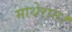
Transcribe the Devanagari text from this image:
माथेरान।